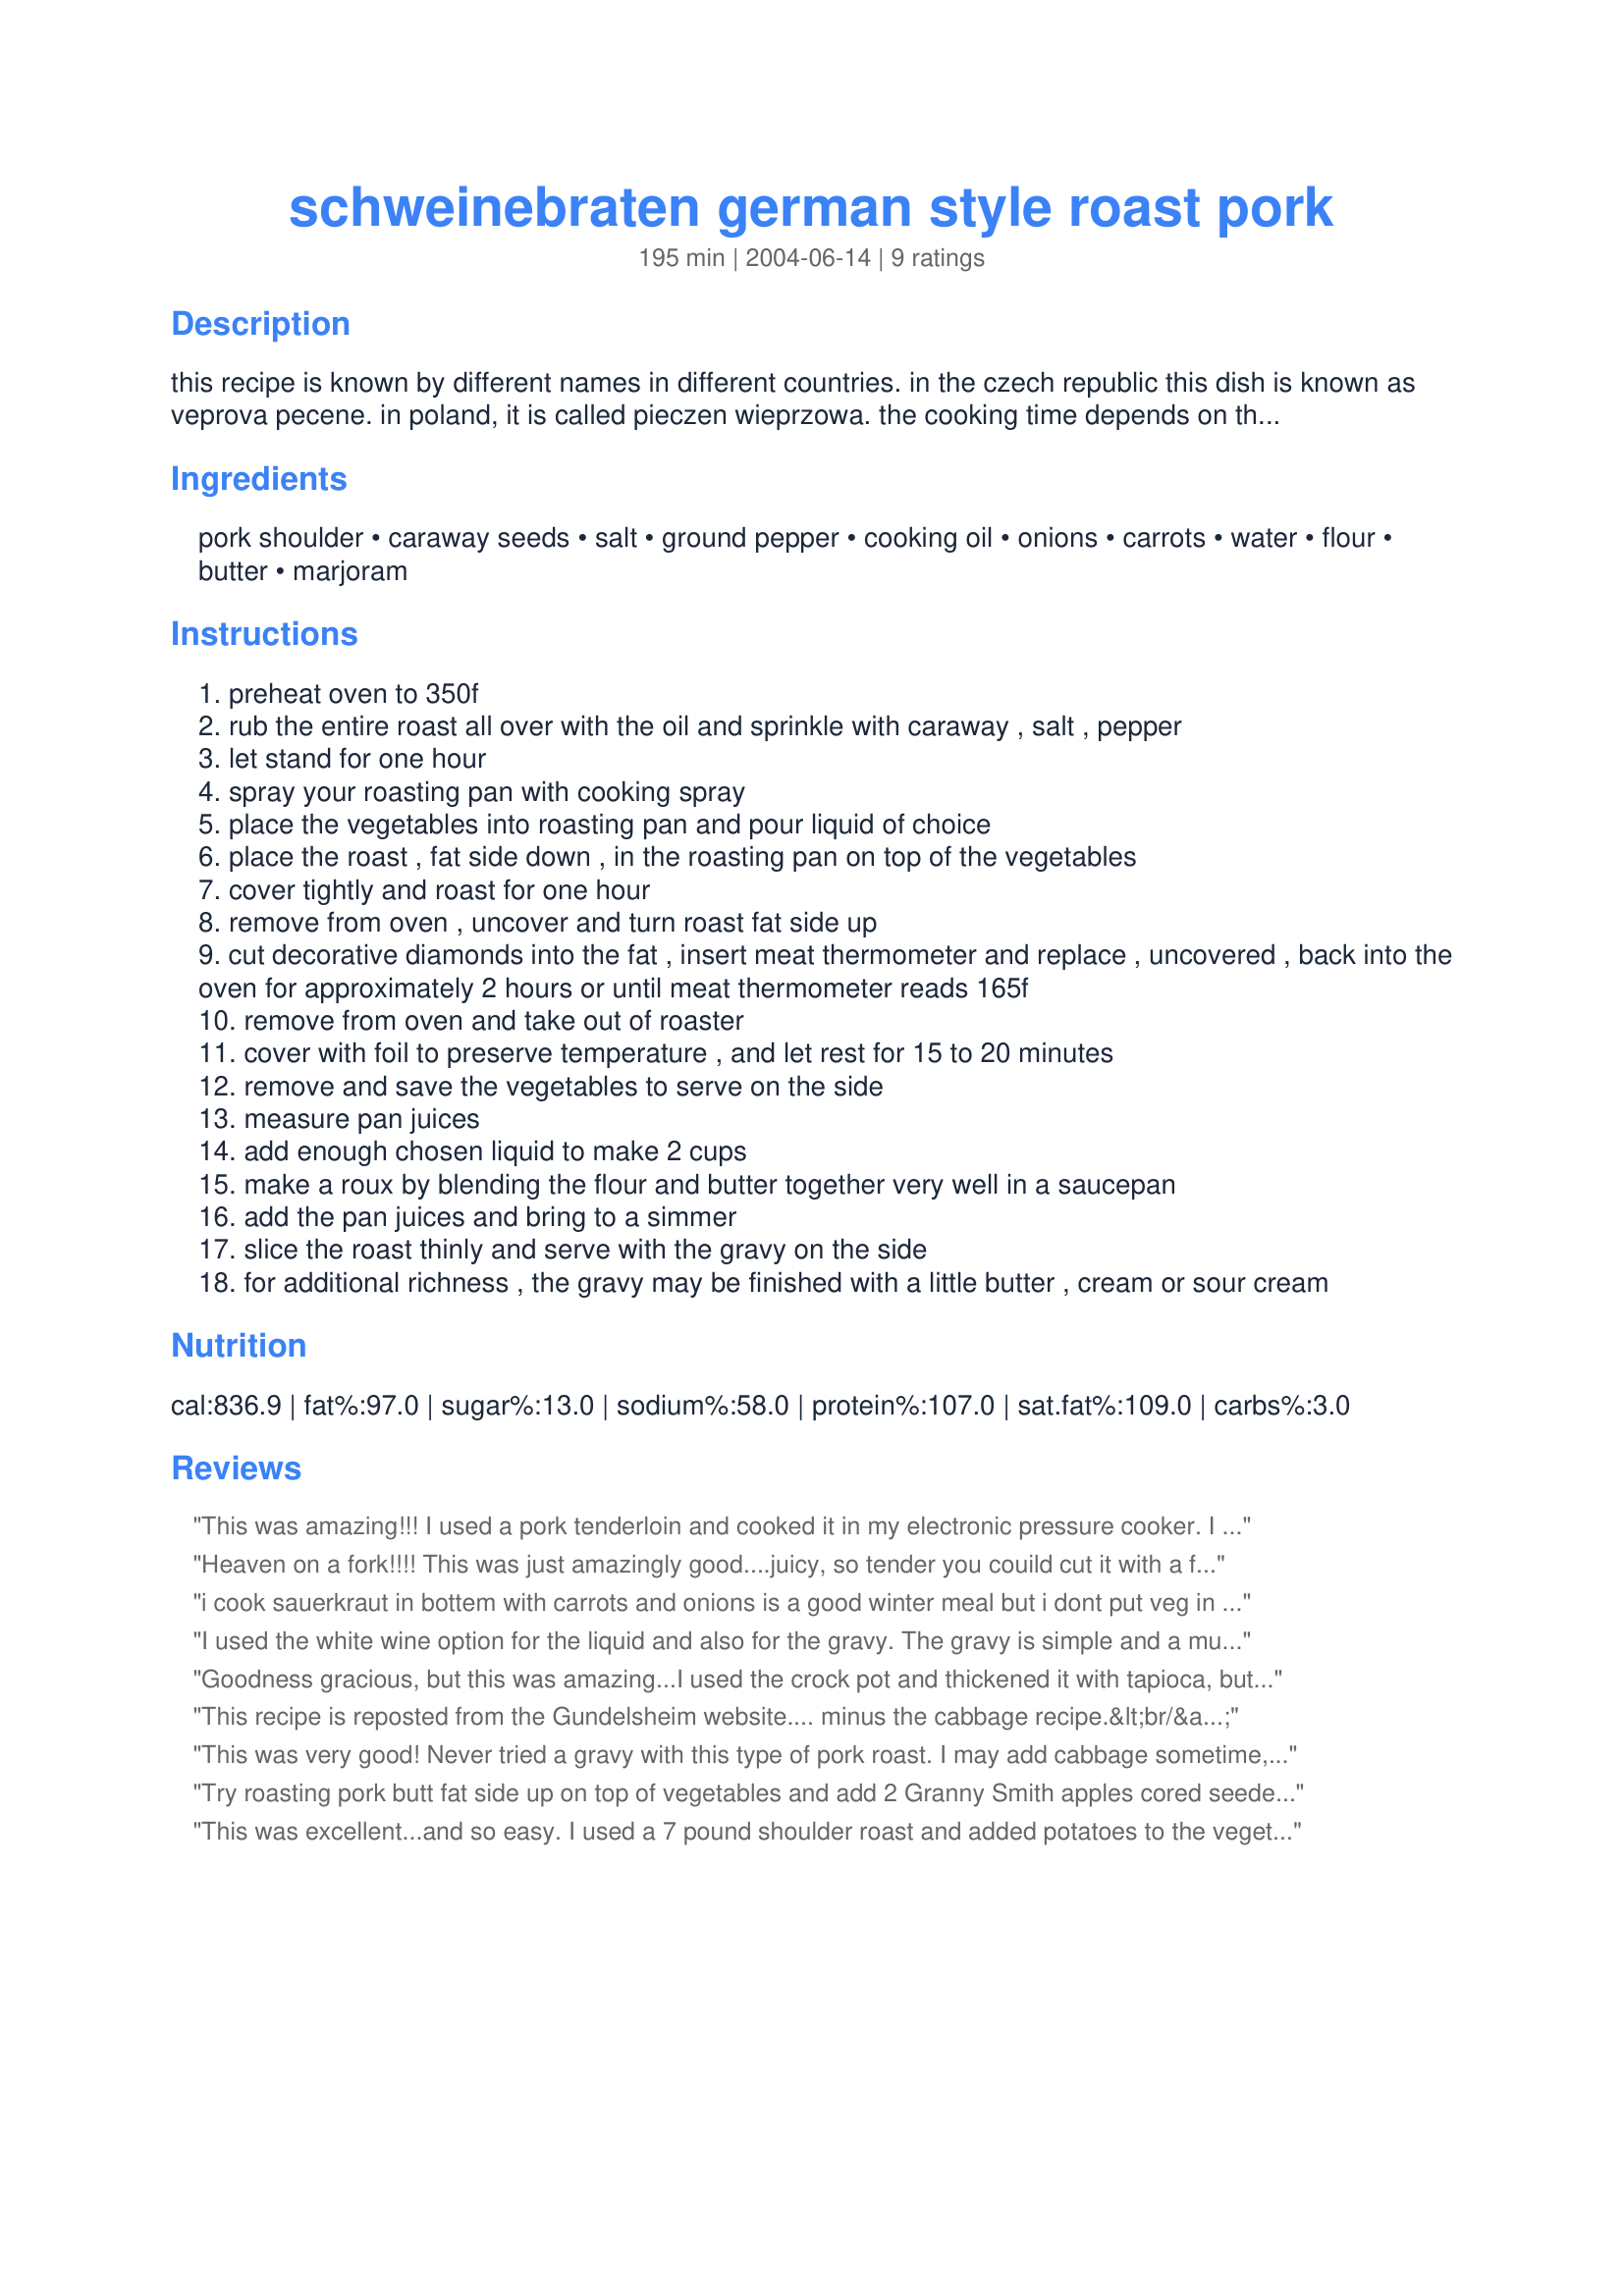
schweinebraten german style roast pork
Preparation time: 195 minutes

this recipe is known by different names in different countries. in the czech republic this dish is known as veprova pecene. in poland, it is called pieczen wieprzowa. the cooking time depends on the size of the roast. posted in response to a recipe request.

Ingredients:
pork shoulder, caraway seeds, salt, ground pepper, cooking oil, onions, carrots, water, flour, butter, marjoram

Steps:
preheat oven to 350f
rub the entire roast all over with the oil and sprinkle with caraway , salt , pepper
let stand for one hour
spray your roasting pan with cooking spray
place the vegetables into roasting pan and pour liquid of choice
place the roast , fat side down , in the roasting pan on top of the vegetables
cover tightly and roast for one hour
remove from oven , uncover and turn roast fat side up
cut decorative diamonds into the fat , insert meat thermometer and replace , uncovered , back into the oven for approximately 2 hours or until meat thermometer reads 165f
remove from oven and take out of roaster
cover with foil to preserve temperature , and let rest for 15 to 20 minutes
remove and save the vegetables to serve on the side
measure pan juices
add enough chosen liquid to make 2 cups
make a roux by blending the flour and butter together very well in a saucepan
add the pan juices and bring to a simmer
slice the roast thinly and serve with the gravy on the side
for additional richness , the gravy may be finished with a little butter , cream or sour cream

Reviews:
This was amazing!!! I used a pork tenderloin and cooked it in my electronic pressure cooker. I didn't cut back on any of the liquids, I actually added a bit more probably a cup to cup and a half of beer. I rubbed it w/a lot of our favorite beer mustard prior to cooking and didn't salt or pepper the meat. I did add a little to the veggies before placing the meat in. I had exactly 2 cups of liquid left and when the gravy thickened I added 1/3 cup of sour cream to it...heaven! We had this along with rosemary roasted red potatoes, fantastic! I will definitely be making this for years to come :)
Heaven on a fork!!!! This was just amazingly good....juicy, so tender you couild cut it with a fork. We kept going back for more like pigs. I had a roast just under 4 pounds and it was done to 165 in 2 hours and 20 minutes. I added a can of sauerkraut (@16 oz) to the veggies; mixed sour cream into the gravy; coated it all over with country mustard before applying the caraway seed mixture; reduced the salt and cooked it in a dutch oven according to directions. I will make this again and again....real comfort food. TY, Molly!!
 i cook sauerkraut in bottem with carrots and onions is a good winter meal but i dont put veg in til second cooking so they wont fall apart and use sour cream not gravy
I used the white wine option for the liquid and also for the gravy. The gravy is simple and a must! It makes the whole meal! I also baked some sauerkraut, carrots, and onions with the roast for some veggies. We'll be using this recipe many many more times!
Goodness gracious, but this was amazing...I used the crock pot and thickened it with tapioca, but the results were the same, I believe. Tender, tasty, and the caraway seeds softened while cooking to give the pork a dark, almost nutty flavor.
This recipe is reposted from the Gundelsheim website.... minus the cabbage recipe.&lt;br/&gt;http://gundelsheim.com/recipes/red-cabbage-german-roast-pork
This was very good! Never tried a gravy with this type of pork roast. I may add cabbage sometime, not kraut but the subtle flavor might be nice. Love what the caraway does to it too.
Try roasting pork butt fat side up on top of vegetables and add 2 Granny Smith apples cored seeded peeled and quartered, and 1# good rinsed sauerkraut
This was excellent...and so easy. I used a 7 pound shoulder roast and added potatoes to the vegetables so I would end up with a more complete side dish. I had 2 cups of pan juices so I didn't need any other liquid to make the gravy. I did add 4 ounces of sour cream to it near the end. We really enjoyed the flavor and this is something I would definitely make again.
